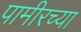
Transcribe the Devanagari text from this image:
पामीरच्या